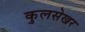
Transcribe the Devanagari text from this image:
कुलसेखर